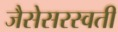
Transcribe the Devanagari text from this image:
जैसेसरस्वती